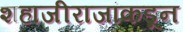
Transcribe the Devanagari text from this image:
शहाजीराजांकडून